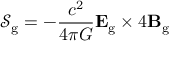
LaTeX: { \mathcal { S } } _ { \mathrm { g } } = - { \frac { c ^ { 2 } } { 4 \pi G } } \mathbf { E } _ { \mathrm { g } } \times 4 \mathbf { B } _ { \mathrm { g } }